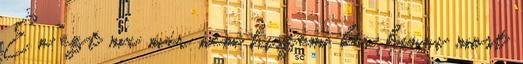
Én ezt ma már nem hiszem, bár hinni most